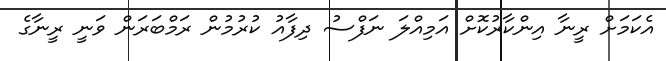
އެކަމަށް ރީނާ އިންކާރުކޮށް އަމިއްލަ ނަފްސު ދިފާއު ކުރުމުން ރަމްބަރަން ވަނީ ރީނާގެ